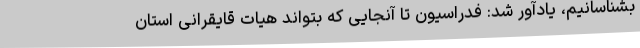
بشناسانیم، یادآور شد: فدراسیون تا آنجایی که بتواند هیات قایقرانی استان